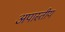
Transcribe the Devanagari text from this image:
अपास्तीय